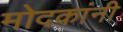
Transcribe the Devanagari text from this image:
मोदकांनी